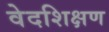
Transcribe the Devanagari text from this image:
वेदशिक्षण